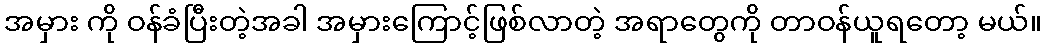
အမှား ကို ဝန်ခံပြီးတဲ့အခါ အမှားကြောင့်ဖြစ်လာတဲ့ အရာတွေကို တာဝန်ယူရတော့ မယ်။